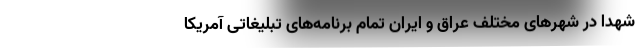
شهدا در شهرهای مختلف عراق و ایران تمام برنامه‌های تبلیغاتی آمریکا